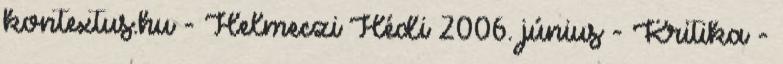
kontextus.hu - Helmeczi Hédi 2006. június - Kritika -